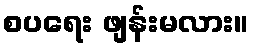
စပရေး ဖျန်းမလား။